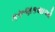
કરૂણકથાઓ